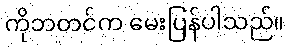
ကိုဘတင်က မေးပြန်ပါသည်။